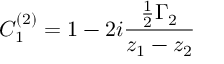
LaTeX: C _ { 1 } ^ { ( 2 ) } = 1 - 2 i { \frac { { \frac { 1 } { 2 } } \Gamma _ { 2 } } { z _ { 1 } - z _ { 2 } } }